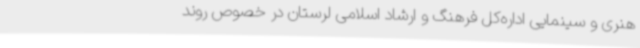
هنری و سینمایی اداره‌کل فرهنگ و ارشاد اسلامی لرستان در خصوص روند